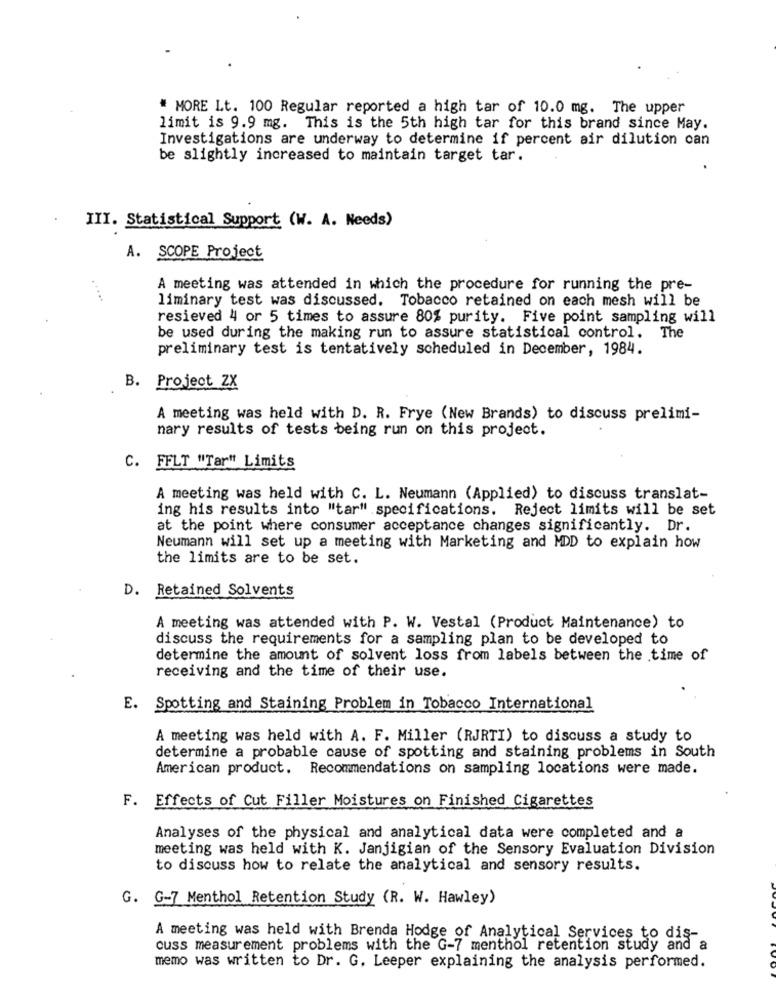
# MORE Lt. 100 Regular reported a high tar of 10.0 mg. The upper
limit is 9.9 mg. This is the 5th high tar for this brand since May.
Investigations are underway to determine if percent air dilution can
be slightly increased to maintain target tar.
III. Statistical Support (W. A. Needs)
A. SCOPE Project
A meeting was attended in which the procedure for running the pre-
....
liminary test was discussed. Tobacco retained on each mesh will be
resieved 4 or 5 times to assure 80% purity. Five point sampling will
be used during the making run to assure statistical control. The
preliminary test is tentatively scheduled in December, 1984.
B. Project ZX
A meeting was held with D. R. Frye (New Brands) to discuss prelimi-
nary results of tests being run on this project.
C. FFLT "Tar" Limits
A meeting was held with C. L. Neumann (Applied) to discuss translat-
ing his results into "tar" specifications. Reject limits will be set
at the point where consumer acceptance changes significantly. Dr.
Neumann will set up a meeting with Marketing and MDD to explain how
the limits are to be set.
D. Retained Solvents
A meeting was attended with P. W. Vestal (Product Maintenance) to
discuss the requirements for a sampling plan to be developed to
determine the amount of solvent loss from labels between the time of
receiving and the time of their use.
E. Spotting and Staining Problem in Tobacco International
A meeting was held with A. F. Miller (RJRTI) to discuss a study to
determine a probable cause of spotting and staining problems in South
American product. Recommendations on sampling locations were made.
F. Effects of Cut Filler Moistures on Finished Cigarettes
Analyses of the physical and analytical data were completed and a
meeting was held with K. Janjigian of the Sensory Evaluation Division
to discuss how to relate the analytical and sensory results.
G. G-7 Menthol Retention Study (R. W. Hawley)
A meeting was held with Brenda Hodge of Analytical Services to dis
cuss measurement problems with the G-7 menthol retention study
memo was written to Dr. G. Leeper explaining the analysis performed.